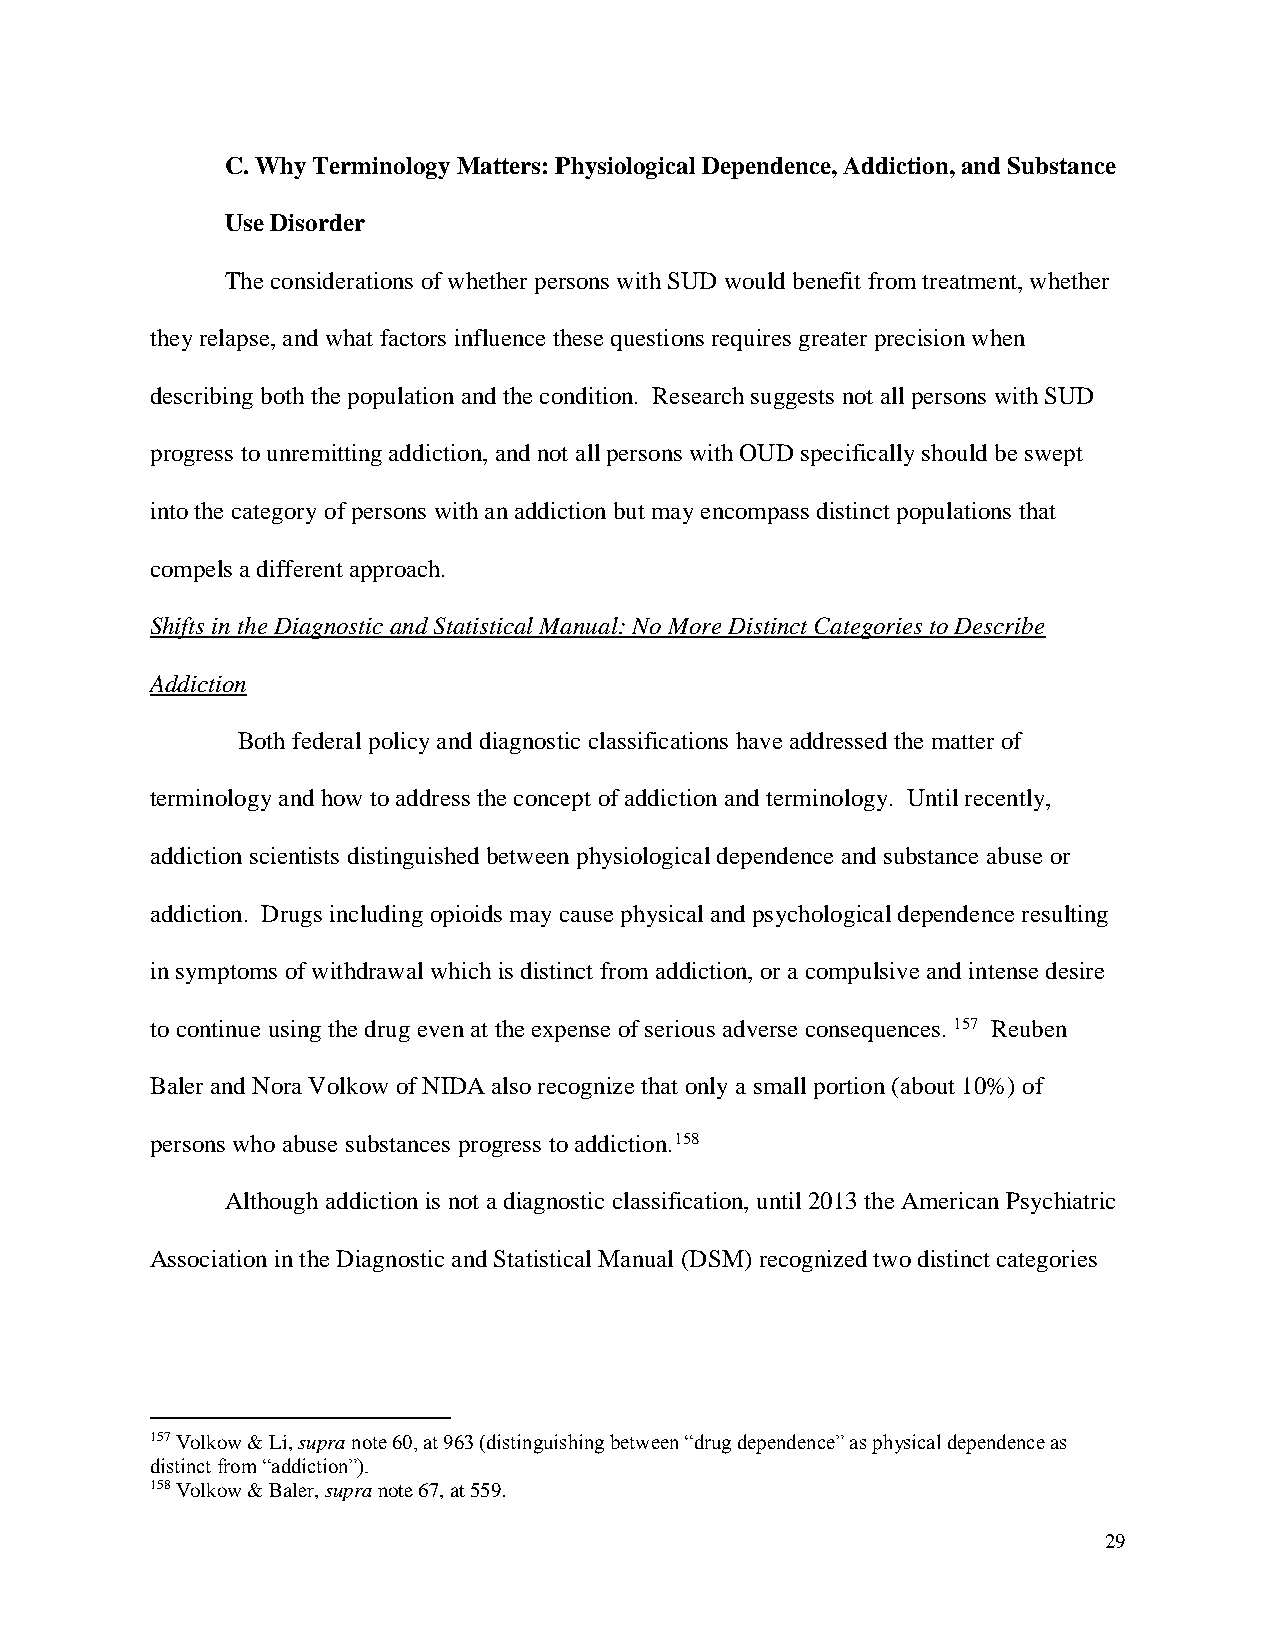
C. Why Terminology Matters: Physiological Dependence, Addiction, and Substance
 Use Disorder
 The considerations of whether persons with SUD would benefit from treatment, whether
 they relapse, and what factors influence these questions requires greater precision when
 describing both the population and the condition. Research suggests not all persons with SUD
 progress to unremitting addiction, and not all persons with OUD specifically should be swept
 into the category of persons with an addiction but may encompass distinct populations that
 compels a different approach.
 Shifts in the Diagnostic and Statistical Manual: No More Distinct Categories to Describe
 Addiction
 Both federal policy and diagnostic classifications have addressed the matter of
 terminology and how to address the concept of addiction and terminology. Until recently,
 addiction scientists distinguished between physiological dependence and substance abuse or
 addiction. Drugs including opioids may cause physical and psychological dependence resulting
 in symptoms of withdrawal which is distinct from addiction, or a compulsive and intense desire
 to continue using the drug even at the expense of serious adverse consequences. 157 Reuben
 Baler and Nora Volkow of NIDA also recognize that only a small portion (about 10%) of
 persons who abuse substances progress to addiction.158
 Although addiction is not a diagnostic classification, until 2013 the American Psychiatric
 Association in the Diagnostic and Statistical Manual (DSM) recognized two distinct categories
 157 Volkow & Li, supra note 60, at 963 (distinguishing between “drug dependence” as physical dependence as
 distinct from “addiction”).
 158 Volkow & Baler, supra note 67, at 559.
 29